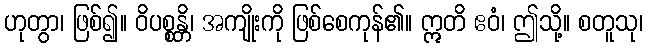
ဟုတွာ၊ ဖြစ်၍။ ဝိပစ္စန္တိ၊ အကျိုးကို ဖြစ်စေကုန်၏။ ဣတိ ဧဝံ၊ ဤသို့။ စတူသု၊